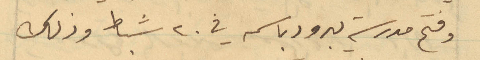
وفتح مدرسة يبرود باسمه في 20 شباط وذلك